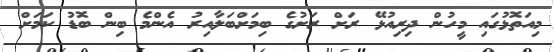
މިއަތޮޅުގައި މީހުން ދިރިއުޅޭ ރަށް ރަށުގެ ބިމަށްބަލާއިރު އެންމެ ބިން ބޮޑު ކަމަށް